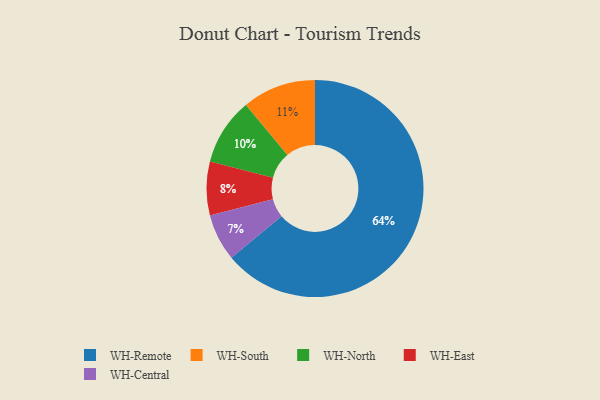
{"axis": {"x": "Category", "y": "Percentage"}, "legend": ["WH-Central", "WH-East", "WH-North", "WH-Remote", "WH-South"], "data": [{"x": "WH-Central", "y": 7, "type": "WH-Central"}, {"x": "WH-Remote", "y": 64, "type": "WH-Remote"}, {"x": "WH-South", "y": 11, "type": "WH-South"}, {"x": "WH-North", "y": 10, "type": "WH-North"}, {"x": "WH-East", "y": 8, "type": "WH-East"}]}